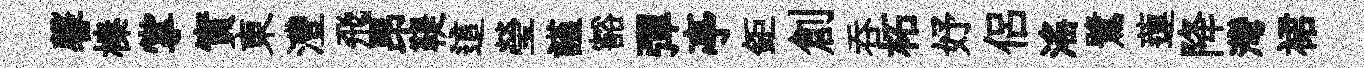
馨榛掌實東灃飛昂鞮這瑩謹豁彈亭鉅創吞柘妤侣滛鷺蓮降灣裙